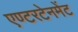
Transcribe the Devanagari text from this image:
एण्टरटेनमेंट